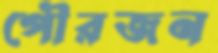
পৌরজন